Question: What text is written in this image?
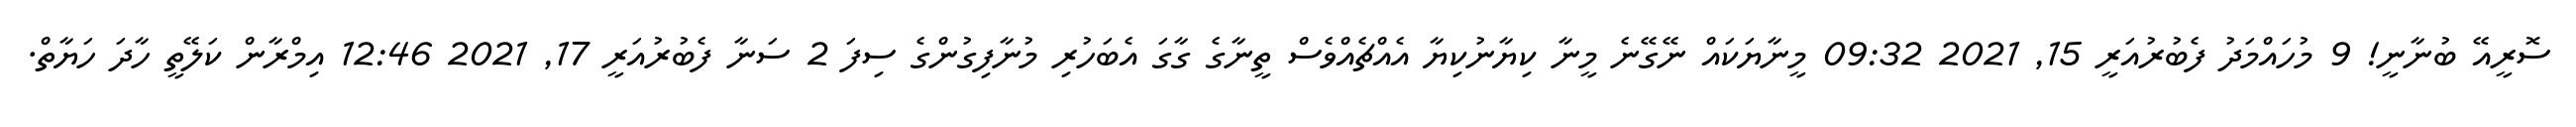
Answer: ސޮރީއޭ ބުނާނީ! 9 މުހައްމަދު ފެބުރުއަރީ 15, 2021 09:32 މީނާޔަކައް ނޭގޭނެ މީނާ ކިޔާނުކިޔާ އެއްޗެއްވެސް ތީނާގެ ގާގަ އެބަހުރި މުނާފިގުންގެ ސިފަ 2 ސަނާ ފެބުރުއަރީ 17, 2021 12:46 އިމްރާން ކަލޭތީ ހާދަ ހަޔާތް.